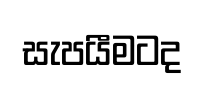
සැපයීමටද